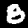
Label: 8